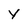
Character: y